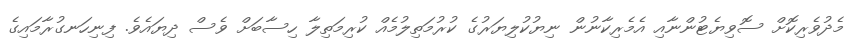
މެދުވެރިކޮށް ސޮވިޔެޓުންނާއި އެމެރިކާނުން ނިޔުކުލިޔަރުގެ ކުރުމަތިލުމެއް ކުރިމަތިލާ ހިސާބަށް ވެސް ދިޔައެވެ. ފިނިހަނގުރާމައިގެ